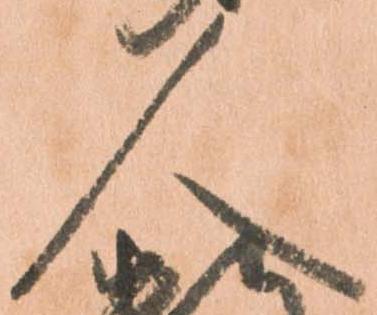
人